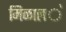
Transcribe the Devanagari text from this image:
मिळाल॓